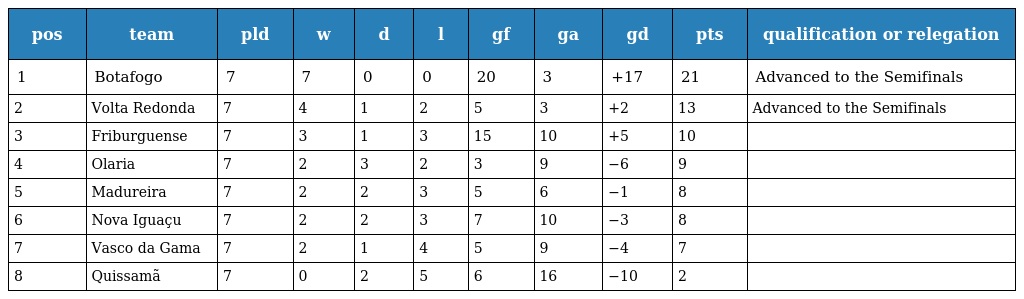
| pos | team | pld | w | d | l | gf | ga | gd | pts | qualification or relegation |
 | --- | --- | --- | --- | --- | --- | --- | --- | --- | --- | --- |
 | 1 | Botafogo | 7 | 7 | 0 | 0 | 20 | 3 | +17 | 21 | Advanced to the Semifinals |
 | 2 | Volta Redonda | 7 | 4 | 1 | 2 | 5 | 3 | +2 | 13 | Advanced to the Semifinals |
 | 3 | Friburguense | 7 | 3 | 1 | 3 | 15 | 10 | +5 | 10 |  |
 | 4 | Olaria | 7 | 2 | 3 | 2 | 3 | 9 | −6 | 9 |  |
 | 5 | Madureira | 7 | 2 | 2 | 3 | 5 | 6 | −1 | 8 |  |
 | 6 | Nova Iguaçu | 7 | 2 | 2 | 3 | 7 | 10 | −3 | 8 |  |
 | 7 | Vasco da Gama | 7 | 2 | 1 | 4 | 5 | 9 | −4 | 7 |  |
 | 8 | Quissamã | 7 | 0 | 2 | 5 | 6 | 16 | −10 | 2 |  |